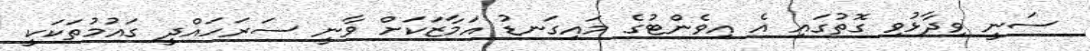
ސަނީ ވިދާޅުވި ގޮތުގައި އެ އިވެންޓުގެ މައިގަނޑު އަމާޒަކަށް ވާނީ ސަރަހައްދީ ގައުމުތަކަކީ